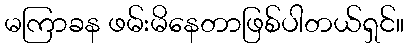
မကြာခန ဖမ်းမိနေတာဖြစ်ပါတယ်ရှင်။